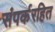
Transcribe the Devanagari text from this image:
संपर्करहित